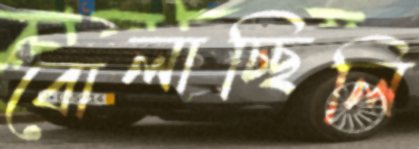
বোলাচ্ছিলি